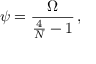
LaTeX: \displaystyle { \psi = \frac { \Omega } { \frac { 4 } { { \cal N } } - 1 } } \, ,